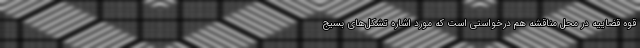
قوه قضاییه در محل مناقشه هم درخواستی است که مورد اشاره تشکل‌های بسیج